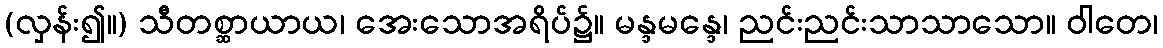
(လှန်း၍။) သီတစ္ဆာယာယ၊ အေးသောအရိပ်၌။ မန္ဒမန္ဒေ၊ ညင်းညင်းသာသာသော။ ဝါတေ၊